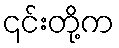
၎င်းတို့က